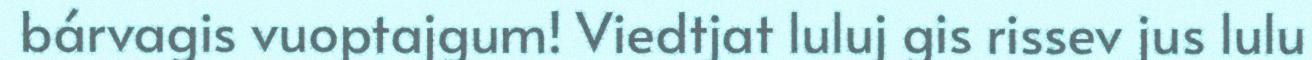
bárvagis vuoptajgum! Viedtjat luluj gis rissev jus lulu